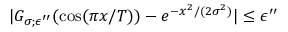
| G _ { \sigma ; \epsilon ^ { \prime \prime } } ( \cos ( \pi x / T ) ) - e ^ { - x ^ { 2 } / ( 2 \sigma ^ { 2 } ) } | \le \epsilon ^ { \prime \prime }